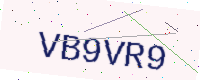
Text: VB9VR9